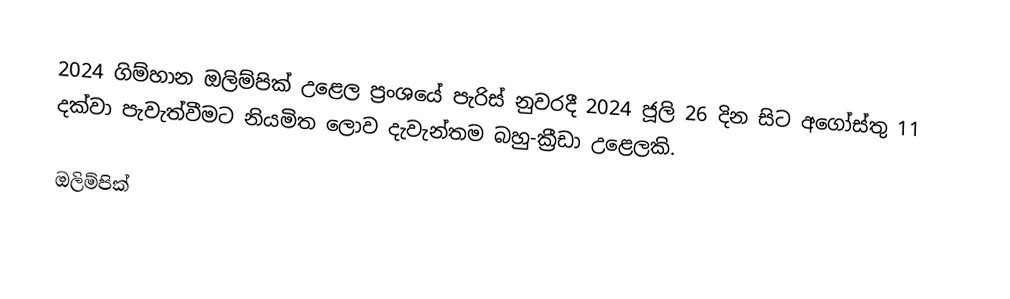
2024 ගිම්හාන ඔලිම්පික් උළෙල ප්‍රංශයේ පැරිස් නුවරදී 2024 ජූලි 26 දින සිට අගෝස්තු 11 දක්වා පැවැත්වීමට නියමිත ලොව දැවැන්තම බහු-ක්‍රීඩා උළෙලකි.

ඔලිම්පික්